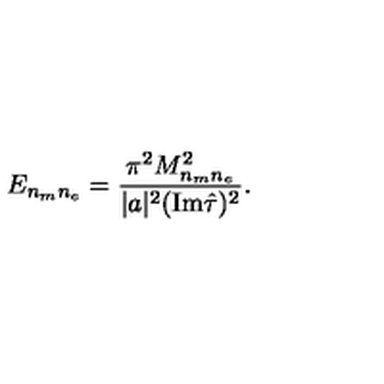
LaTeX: E _ { n _ { m } n _ { e } } = { \frac { \pi ^ { 2 } M _ { n _ { m } n _ { e } } ^ { 2 } } { | a | ^ { 2 } ( \mathrm { I m } \hat { \tau } ) ^ { 2 } } } .